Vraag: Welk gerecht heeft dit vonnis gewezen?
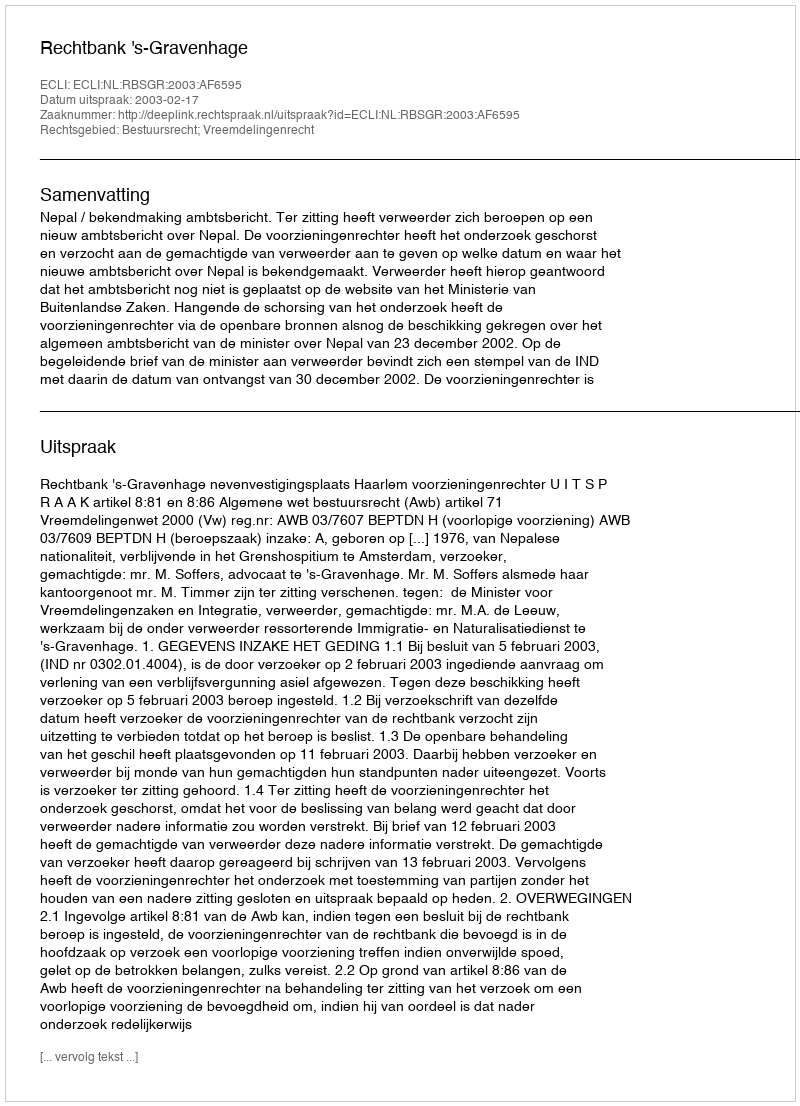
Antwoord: Rechtbank 's-Gravenhage